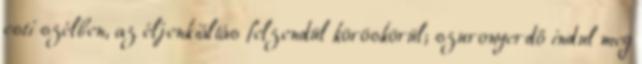
esti szélben, az éljenkiáltás felzendül köröskörül; szuronyerdő indul meg